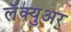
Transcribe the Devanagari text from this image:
लॅक्युअर